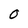
Character: O